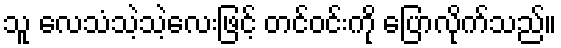
သူ လေသံသဲ့သဲ့လေးဖြင့် တင်ဝင်းကို ပြောလိုက်သည်။